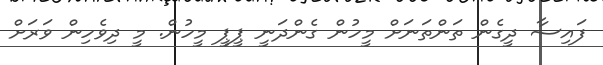
ފައިސާ ދީގެން ތަންތަނަށް މީހުން ގެންދަނީ ޕީޕީ މީހުން. މީ ދިވެހިން ވަރަށް